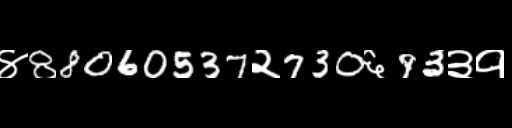
Text: ४88060537२730६93३१